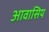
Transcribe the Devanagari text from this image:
आवासिय